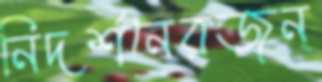
নিদর্শনেরজন্